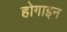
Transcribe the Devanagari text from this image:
होगाइन